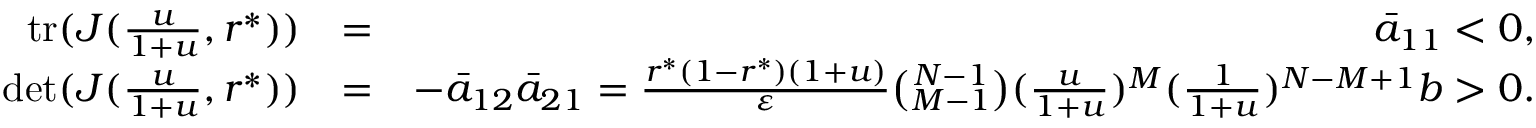
\begin{array} { r l r } { \mathrm { t r } ( J ( \frac { u } { 1 + u } , r ^ { * } ) ) } & { = } & { \bar { a } _ { 1 1 } < 0 , } \\ { \mathrm { d e t } ( J ( \frac { u } { 1 + u } , r ^ { * } ) ) } & { = } & { - \bar { a } _ { 1 2 } \bar { a } _ { 2 1 } = \frac { r ^ { * } ( 1 - r ^ { * } ) ( 1 + u ) } { \varepsilon } \binom { N - 1 } { M - 1 } ( \frac { u } { 1 + u } ) ^ { M } ( \frac { 1 } { 1 + u } ) ^ { N - M + 1 } b > 0 . } \end{array}